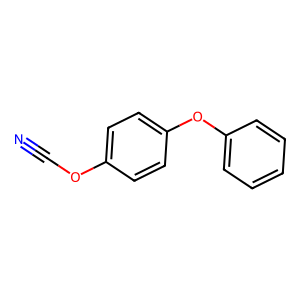
SMILES: N#COc1ccc(Oc2ccccc2)cc1
Inhibits HIV replication: No